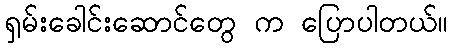
ရှမ်းခေါင်းဆောင်တွေ က ပြောပါတယ်။